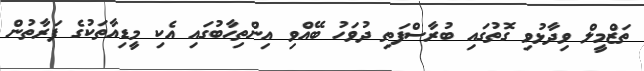
ތަޒްމީލް ވިދާޅުވި ގޮތުގައި ބުރާސްފަތި ދުވަހު ބޭއްވި އިންތިހާބުގައި އެކި މީޑިއާތަކުގެ ފަރާތުން